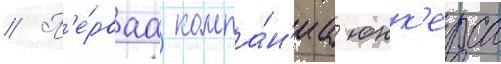
// П'е́рваа компа́н'иа юнк'ерса